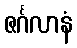
ဇင်္ဂလာနံ